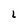
Character: i